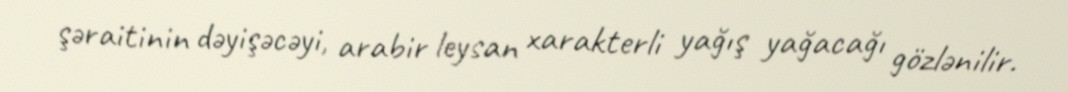
şəraitinin dəyişəcəyi, arabir leysan xarakterli yağış yağacağı gözlənilir.